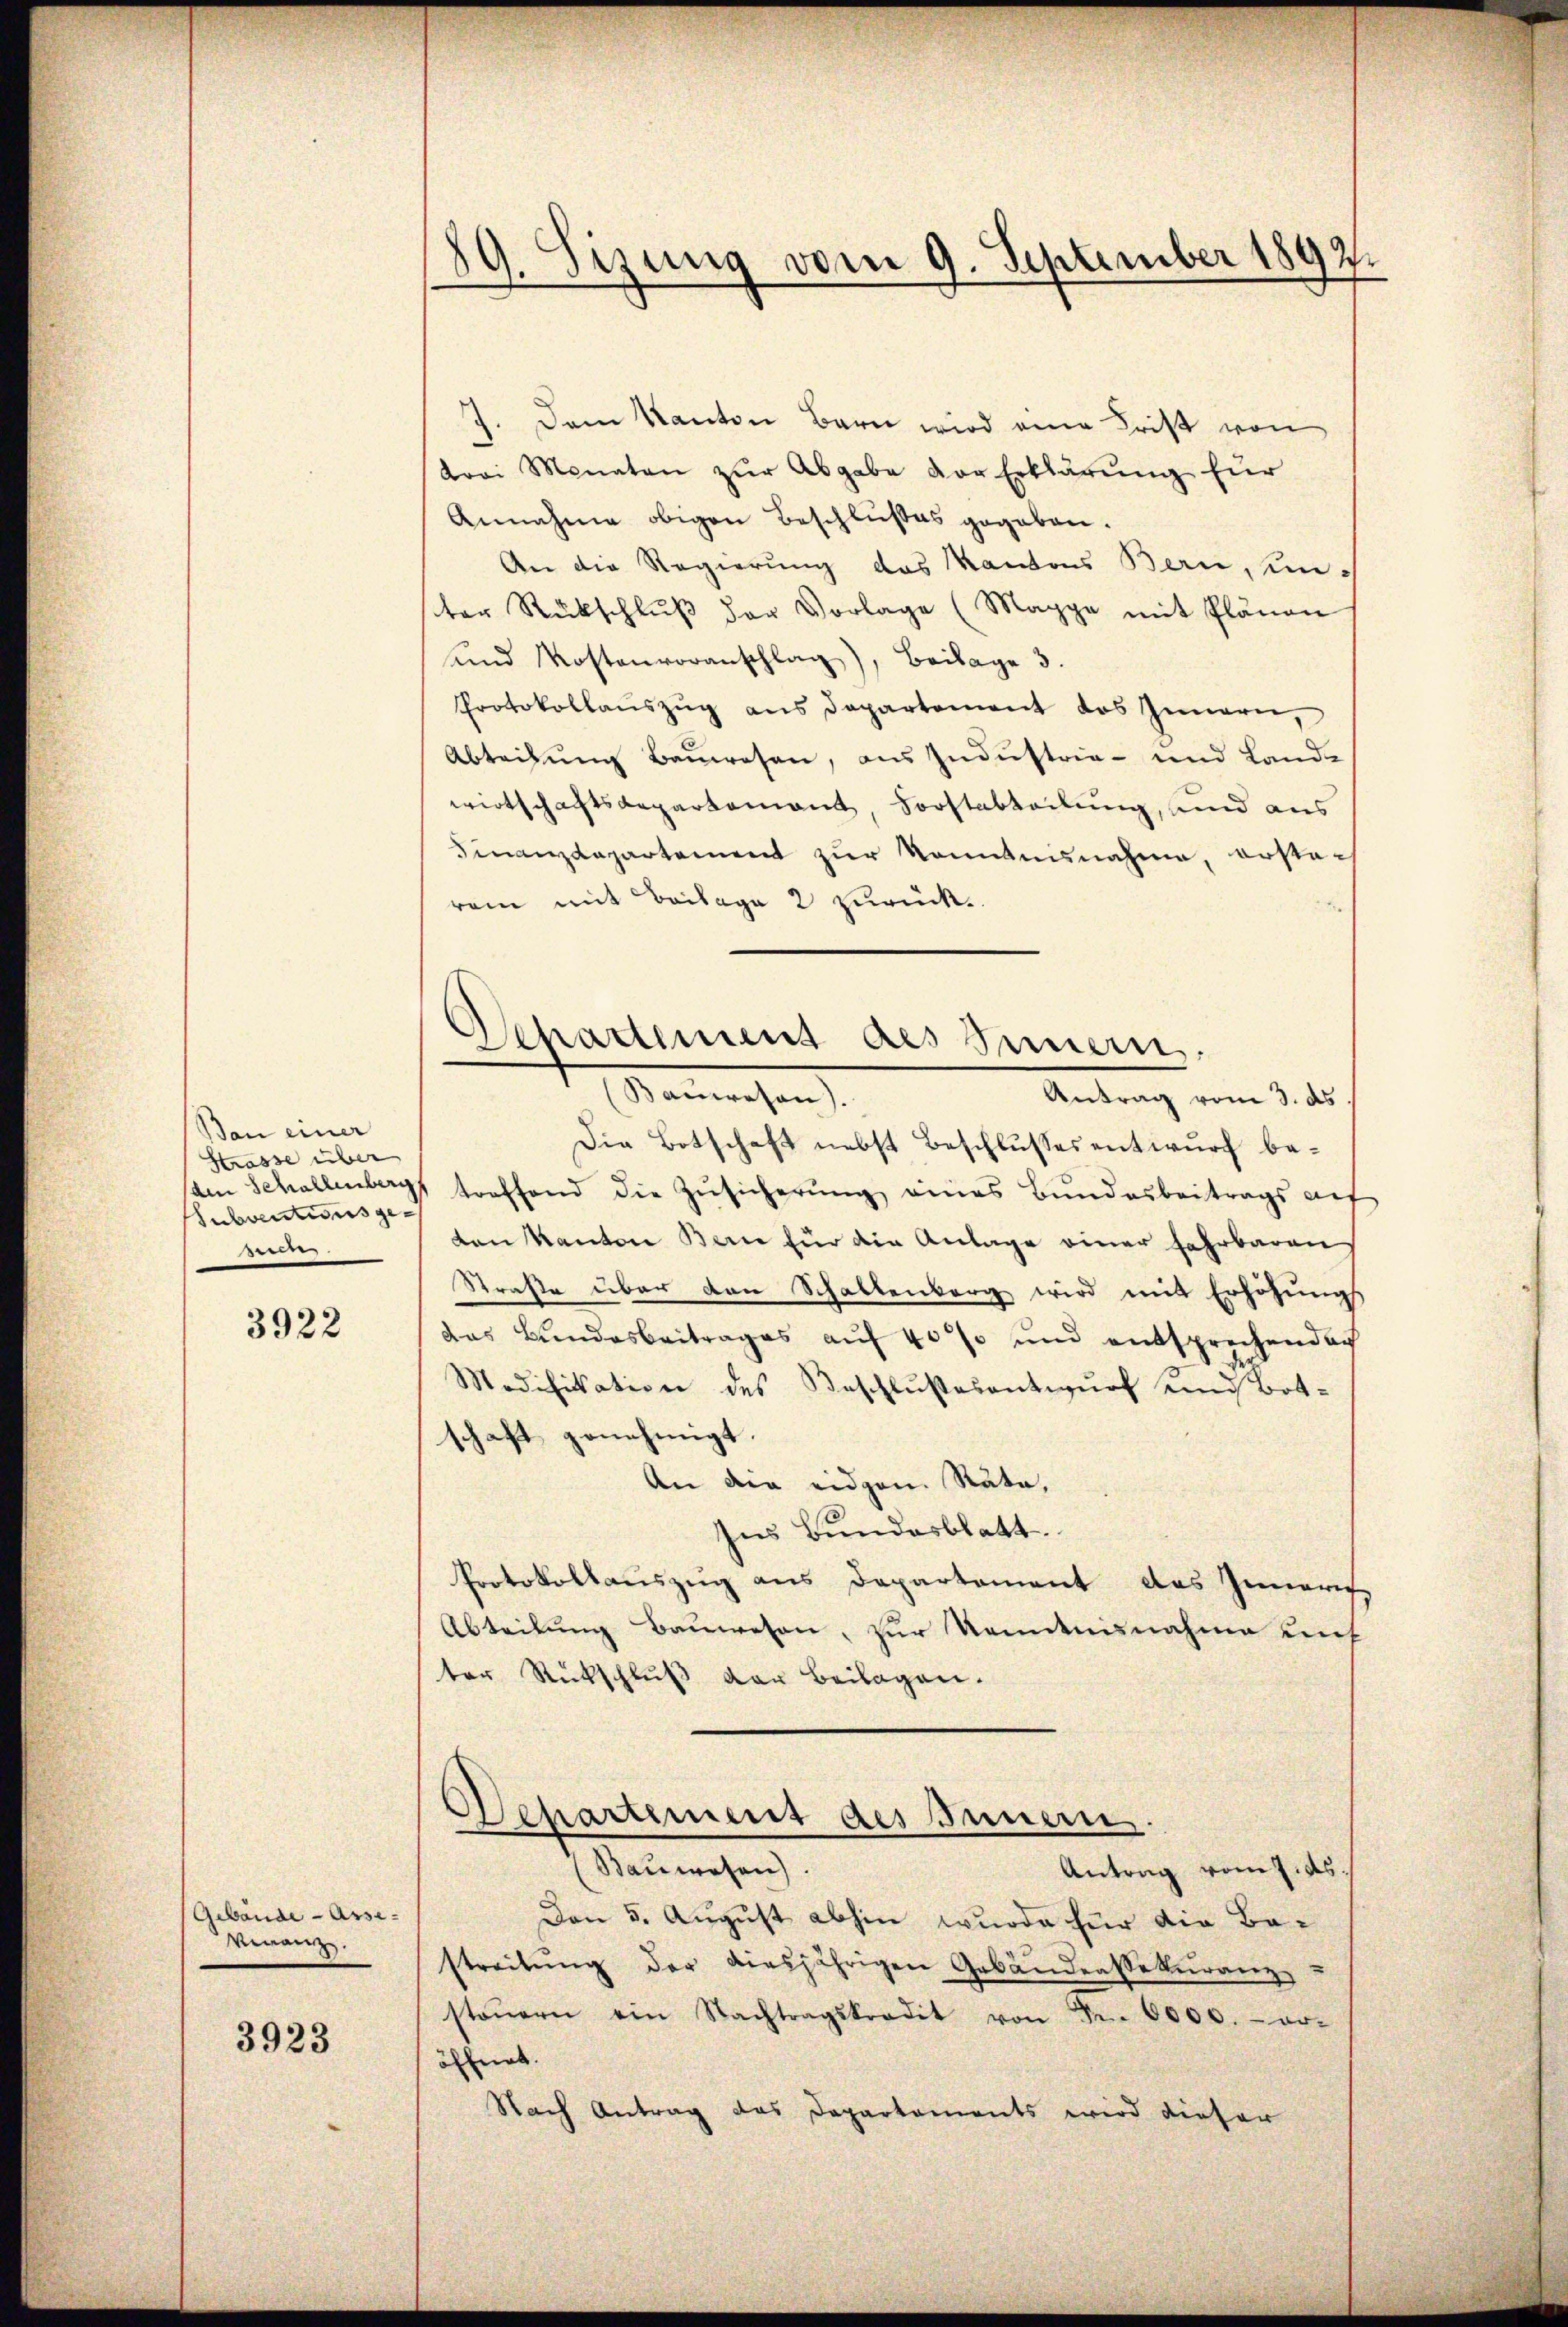
Bau einer
Strasse über
.
den Schallenberg
Subventionsgewie

3922

(Gebäude - Asse-
Veranz.

3923

89. Sizung vom 9. September 1892.

7. Dem Kanton Bern wird eine Frist von
drei Monaten zŭr Abgabe der Erklärŭng für
Annahme obigen Beschlußes gegeben.
An die Regierung des Kantons Bern, um-
ter Rückschlŭβ der Vorlage (Mappe mit Plänen
und Kostenvoranschlag), Beilage 3.
Protokollauszug aus Departement des Innern,
Abteilung Bauwesen, aus Industria- und Land-
wirtschaftsaepartement, Forstabteilung, und aus
Finanzdepartement zur konntennahme, erstarem mit Beilage 2 zurück.
Die Botschaft nebst Beschlusses entwurf betreffend die Zŭsicherŭng eines Bŭndesbeitrags aŭf
ten Kanton Bern für die Anlage einer Fahrbaren
Straße über den Schaltenberg wird mit Erhöhŭngs
das Bundesbeitrages auf 40% und entsprechenden
Modifikation des Beschlußesentwurf und Botschaft genehmigt.
An die eidgen. Rata,
Ins Bundesblatt.
Protokollauszug aus Departement das Innern,
Abteilung Bauwesen, zur Kenntnisnahme unf
ter Rückschlŭβ der Beilagen.
Departement des Innern,
Baŭwesen.
Antrag vom 7. ds.
Den 5. August abhin wurde für die Bestreitŭng der diesjährigen Gebäudenssekŭranz
steŭern ein Nachtragskredit von Fr. 6000.- er-
öffnet.
Nach Antrag das Departements wird dieser

Separtement des Innern.
anwesen.
Antrag vom 3. ds.